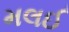
મલઈ